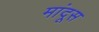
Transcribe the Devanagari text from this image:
मांदूस